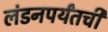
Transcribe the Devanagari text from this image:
लंडनपर्यंतची